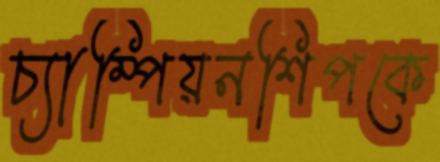
চ্যাম্পিয়নশিপকে